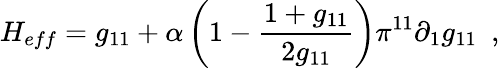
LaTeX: H_{eff}=g_{11}+\alpha\left(1-\frac{1+g_{11}}{2g_{11}}\right)\pi^{11}\partial_{1}g_{11}\, \, \, ,